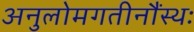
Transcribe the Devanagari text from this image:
अनुलोमगतीनौंस्थः